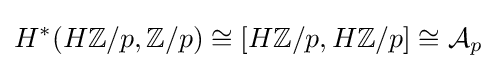
H^{*}(H\mathbb {Z} /p,\mathbb {Z} /p)\cong [H\mathbb {Z} /p,H\mathbb {Z} /p]\cong {\mathcal {A}}_{p}